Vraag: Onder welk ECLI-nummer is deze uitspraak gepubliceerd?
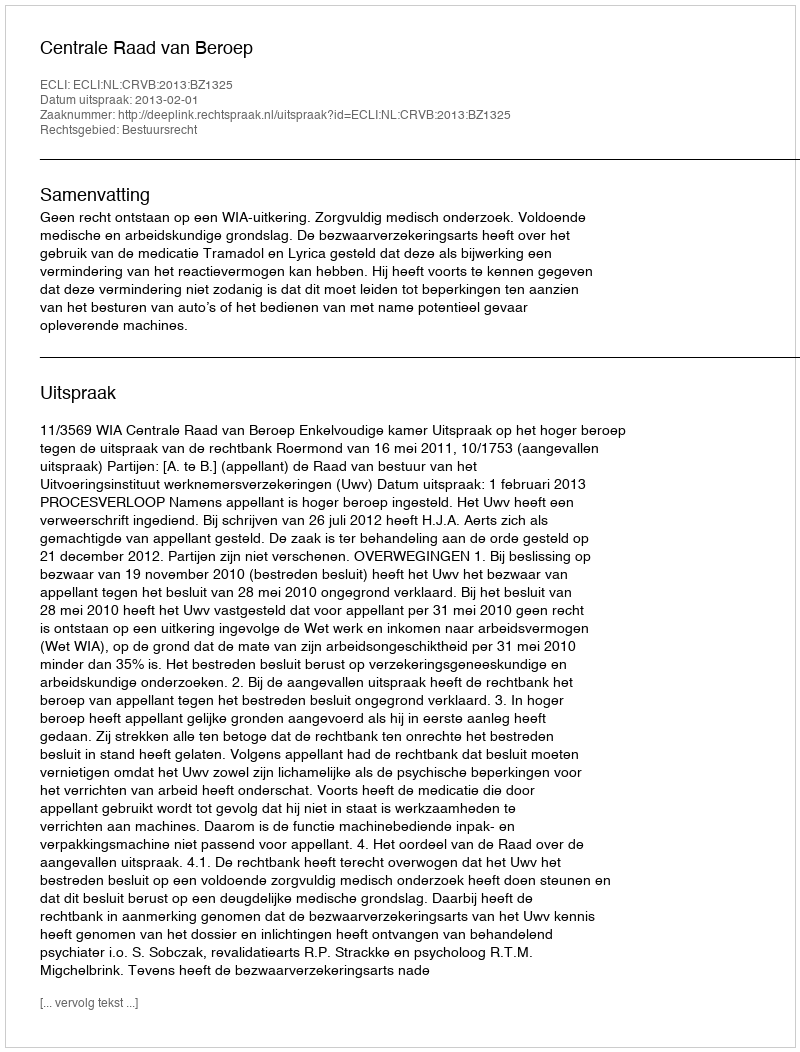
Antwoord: ECLI:NL:CRVB:2013:BZ1325